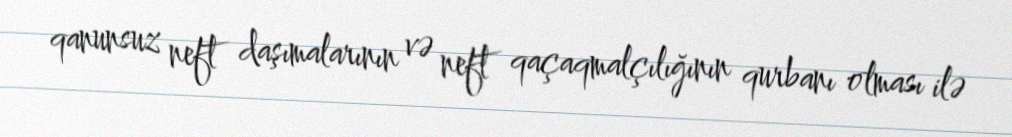
qanunsuz neft daşımalarının və neft qaçaqmalçılığının qurbanı olması ilə